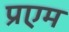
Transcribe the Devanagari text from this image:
प्रएम